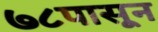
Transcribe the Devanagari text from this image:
७८पासून